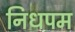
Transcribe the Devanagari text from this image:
निधपम